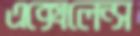
এক্সেলেন্স